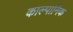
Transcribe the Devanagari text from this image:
काल्पानिक